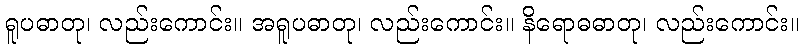
ရူပဓာတု၊ လည်းကောင်း။ အရူပဓာတု၊ လည်းကောင်း။ နိရောဓဓာတု၊ လည်းကောင်း။